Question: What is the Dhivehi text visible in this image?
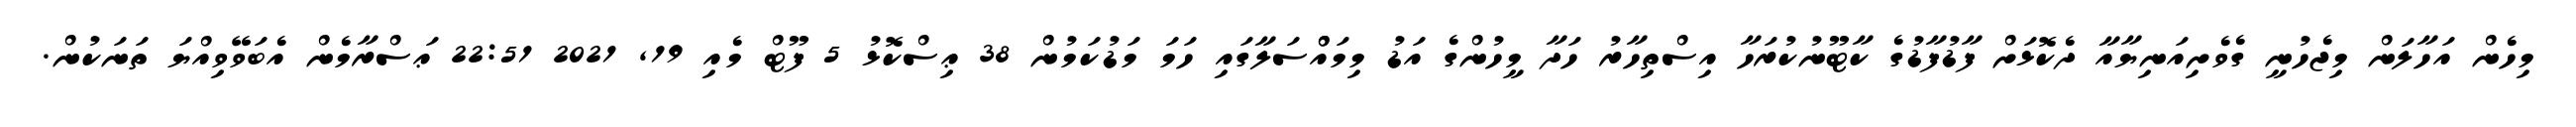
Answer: މިހެން އަހާލަން މިޖެހުނީ ގެވެށިއަނިޔާއާ ދެކޮޅަށް ފާޑުފާޑުގެ ކާޓޫނުކުރަހާ އިސްތިހާރު ހަދާ މީހުންގެ އަޑު މިމައްްސަލާގައި ހަމަ މަޑުކަމުން 38 ޢިސްކޮޅު 5 ފޫޓް މެއި 19, 2021 22:51 ޢަސްރާމެން އެބަވޭވިއްޔަ ތަނަކުން.